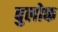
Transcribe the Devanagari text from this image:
बुलोक